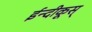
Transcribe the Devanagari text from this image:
ईन्दीकूस्